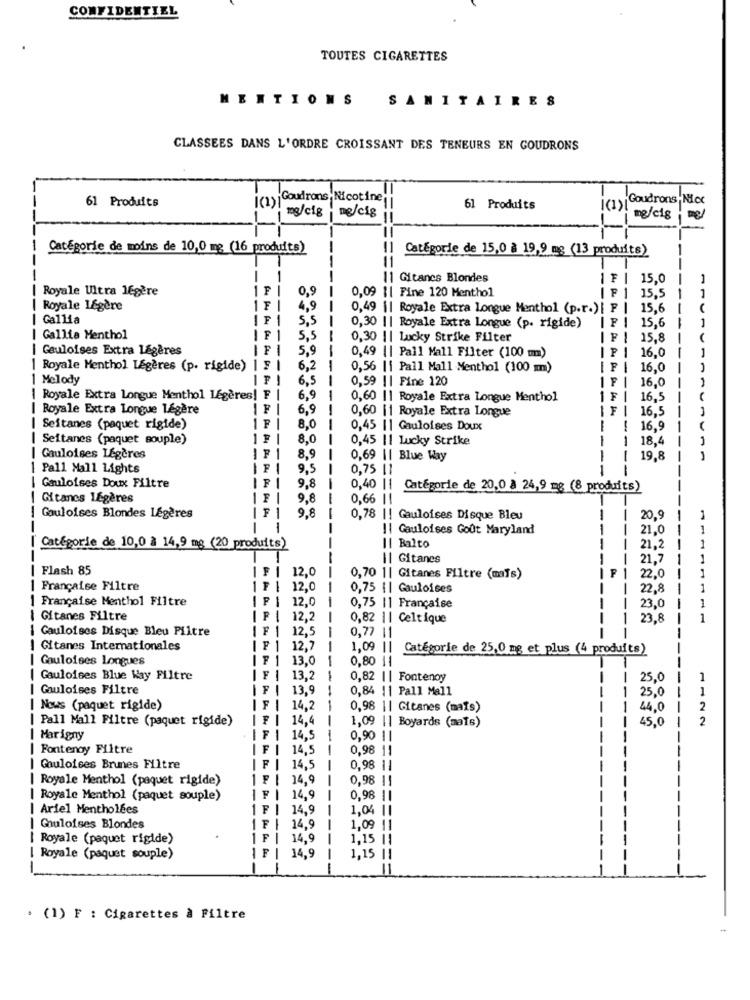
CONFIDENTIEL
TOUTES CIGARETTES
MENTIONS
SANITAIRES
CLASSEES DANS L'ORDRE CROISSANT DES TENEURS EN GOUDRONS
!(1) Goudrons, Nicotine
Goudrons, Nick
61 Produits
61 Produits
I(1)160)
mg/cig | ng/cig
mg/cig
Catégorie de moins de 10,0 mg (16 produits)
-
|| Catégorie de 15,0 à 19,9 mg (13 produits)
=====
11
11 Gitanes Blondes
IFI
15.0
Royale Ultra légère
F
0,9
0,09 || Fine 120 Menthol
15,5
Royale Légère
IF
4,9
0,49 || Royale Extra Longue Menthol (p.r.)[ F |
15,6
Gallia
5,5
15,6
0,30 || Royale Extra Longue (p. rigide)
-
Gallia Menthol
5,5
0,30 || Lucky Strike Filter
IF I 15,8
--
| Gauloises Extra légères
5,9
16.0
0,49 || Pall Mall Filter (100 m)
| Royale Menthol Legères (p. rigide) | F
6,2
0,56 || Pall Mall Menthol (100 m)
16,0
1 Melody
6,5
--
0,59 || Fine 120
IF
-
16,0
{ Royale Extra Longue Menthol LEgeres! F
6.9
0,60 || Royale Extra Longue Menthol
1F
16,5
Royale Extra Longue Légère
IF
6,9
0,60 |1 Royale Extra Longue
FI
16,5
Seitanes (paquet rigide)
IF
8,0
0,45 || Gauloises Doux
----
1
16,9
Seitanes (paquet souple)
8,0
0,45 |1 Lucky Strike
-
18,4
Gauloises Légères
8,9
0,69 || Blue Way
19,8
| Pall Mall Lights
F
9,5
--
0,75 l1
---
| Gauloises Doux Filtre
9,8
0,40 |1
Catégorie de 20,0 à 24,9 mg (8 produits)
| Gitanes Légères
9,8
0,66 ||
| Gauloises Blondes Légères
9,8
0,78 || Gauloises Disque Bleu
1
20,9
!| Gauloises Goût Maryland
21,0
Catégorie de 10,0 à 14,9 mg (20 produits)
Il Balto
--
21,2
-
Il Gitanes
21.7
| Flash 85
12.0
--
F
0,70 1| Gitanes Filtre (mais)
22,0
Française Filtre
12,0
0,75 {| Gauloises
-
22,8
-
| Française Menthol Filtre
P
12,0
0,75 |1 Française
-
-------
23,0
Gitanes Filtre
12,2
0,82 || Celtique
23,8
1
1 Gauloises Disque Bleu Piltre
12,5
0,77
11
--
! Gitanes Internationales
F | 12,7
1,09 ||
Catégorie de 25,0 mg et plus (4 produits)
I Gauloises Longues
FI
13,0
----
0,80 11
| Gauloises Blue Way Filtre
13,2
-
0,82
Il Fontenoy
-
-
25,0
1
| Gauloises Filtre
13,9
-
0,84 || Pall Mall
1
25,0
-----
| Nows (paquet rigide)
F | 14,2
0,98 || Gitanes (mais)
-
44,0
2
Pall Mall Filtre (paquet rigide)
IFI
14,4
1.0
45,0
2
|| Boyards (mais)
| Marigny
14,5
0,90 11
| Fontenoy Filtre
14,5
0,98 11
| Gauloises Brunes Filtre
F
14,5
0,98 11
Royale Menthol (paquet rigide)
F
14,9
0,98 11
| Royale Menthol (paquet souple)
14.9
-
0,98 11
| Ariel Mentholées
14,9
1,04 |1
| Guloises Blondes
14.9
1,09
11
Royale (paquet rigide)
14,9
1,15 |1
F
Royale (paquet souple)
14,9
1,15 |1
-
11
· (1) F : Cigarettes à Filtre